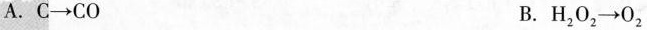
A. $$C\rightarrow CO $$B.$$H_{2}O_{2}\rightarrow O_{2}$$